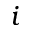
i